Rangoon Lunatic Asylum 1893-1897 - 1893-1897
Year: 1893
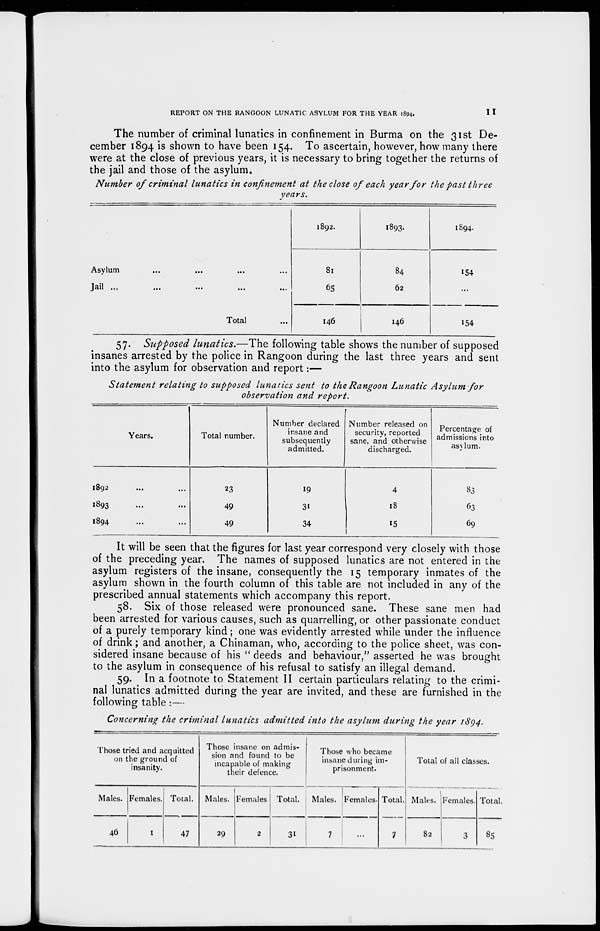
REPORT ON THE RANGOON LUNATIC ASYLUM FOR THE YEAR 1894.
11
The number of criminal lunatics in confinement in Burma on the 31st De-
cember 1894 is shown to have been 154. To ascertain, however, how many there
were at the close of previous years, it is necessary to bring together the returns of
the jail and those of the asylum.
Number of criminal lunatics in confinement at the close of each year for the past three
years.
Asylum ... ... ... ...
Jail ... ... ... ... ...
Total ...
1892.
81
65
146
1893.
84
62
146
1894.
154
...
154
57. Supposed lunatics.—The following table shows the number of supposed
insanes arrested by the police in Rangoon during the last three years and sent
into the asylum for observation and report:—
Statement relating to supposed lunatics sent to the Rangoon Lunatic Asylum for
observation and report.
Years.
1892 ... ...
1893 ... ...
1894 ... ...
Total number.
23
49
49
Number declared
insane and
subsequently
admitted.
19
31
34
Number released on
security, reported
sane, and otherwise
discharged.
4
18
15
Percentage of
admissions into
asylum.
83
63
69
It will be seen that the figures for last year correspond very closely with those
of the preceding year. The names of supposed lunatics are not entered in the
asylum registers of the insane, consequently the 15 temporary inmates of the
asylum shown in the fourth column of this table are not included in any of the
prescribed annual statements which accompany this report.
58. Six of those released were pronounced sane. These sane men had
been arrested for various causes, such as quarrelling, or other passionate conduct
of a purely temporary kind; one was evidently arrested while under the influence
of drink; and another, a Chinaman, who, according to the police sheet, was con-
sidered insane because of his " deeds and behaviour," asserted he was brought
to the asylum in consequence of his refusal to satisfy an illegal demand.
59. In a footnote to Statement II certain particulars relating to the crimi-
nal lunatics admitted during the year are invited, and these are furnished in the
following table :—
Concerning the criminal lunatics admitted into the asylum during the year 1894.
Those tried and acquitted
on the ground of
insanity.
Males.
46
Females.
1
Total.
47
Those insane on admis-
sion and found to be
incapable of making
their defence.
Males.
29
Females.
2
Total.
31
Those who became
insane during im-
prisonment.
Males.
7
Females.
...
Total.
7
Total of all classes.
Males.
82
Females.
3
Total.
85